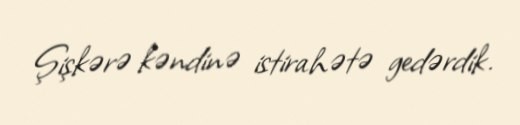
Şişkərə kəndinə istirahətə gedərdik.